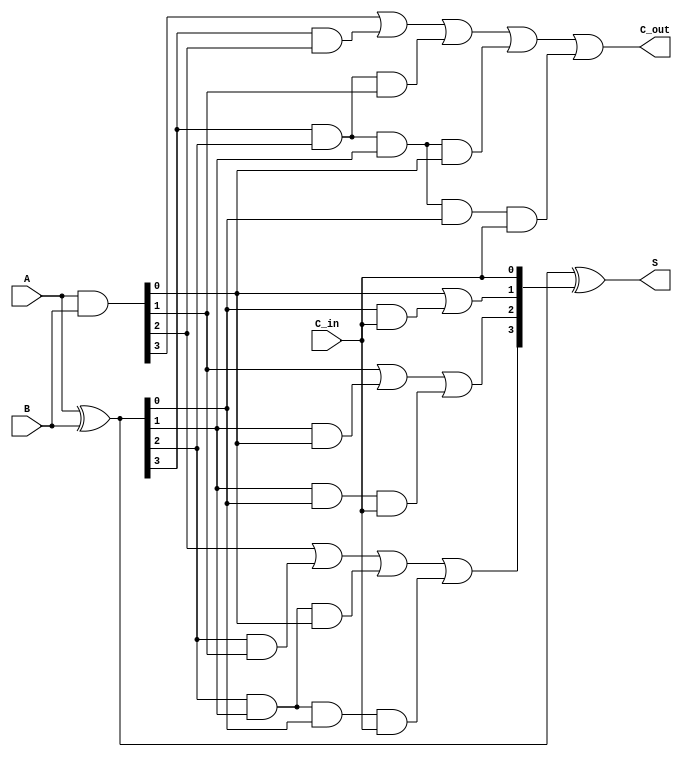
module CLA_4bit(
    input [3:0] A,
    input [3:0] B,
    input C_in,
    output [3:0] S,
    output C_out
);
    wire [3:0] G;  // Generate signals
    wire [3:0] P;  // Propagate signals
    wire [4:0] C;  // Carry signals

    assign G = A & B;             // Generate: Gi = Ai & Bi
    assign P = A ^ B;             // Propagate: Pi = Ai ^ Bi

    assign C[0] = C_in;           // Carry in
    assign C[1] = G[0] | (P[0] & C[0]); // C1 = G0 + P0*C_in
    assign C[2] = G[1] | (P[1] & G[0]) | (P[1] & P[0] & C[0]); // C2
    assign C[3] = G[2] | (P[2] & G[1]) | (P[2] & P[1] & G[0]) | (P[2] & P[1] & P[0] & C[0]); // C3
    assign C_out = G[3] | (P[3] & G[2]) | (P[3] & P[2] & G[1]) | (P[3] & P[2] & P[1] & G[0]) | (P[3] & P[2] & P[1] & P[0] & C[0]); // C4

    assign S = P ^ C[3:0]; // Sum: Si = Pi ^ Ci

endmodule